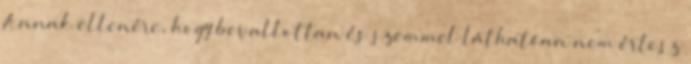
Annak ellenére, hogy bevallottan és szemmel láthatóan nem értesz